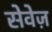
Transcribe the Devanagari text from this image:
सेवेज़